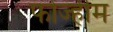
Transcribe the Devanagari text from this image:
फोर्ज्हीम